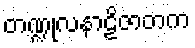
တဏ္ဍုလနာဠိဇာတက